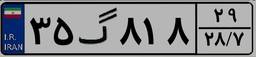
۳۵گ۸۱۸۲۹